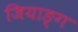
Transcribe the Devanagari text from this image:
जियाङ्ग